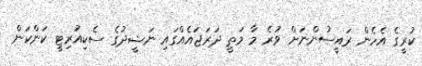
ކުރީގެ އެހެން ރައީސުންނަށް ވުރެ މާ މަތީ ދަރަޖައެއްގައި ނަޝީދުގެ ސެކިއުރިޓީ ކަންކަން